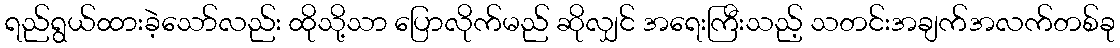
ရည်ရွယ်ထားခဲ့သော်လည်း ထိုသို့သာ ပြောလိုက်မည် ဆိုလျှင် အရေးကြီးသည့် သတင်းအချက်အလက်တစ်ခု